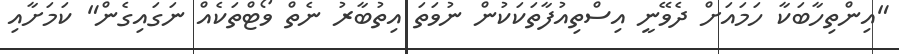
"އިންތިހާބަކާ ހަމައަށް ދެވޭނީ އިސްތިއުފާތަކަކުން ނުވަތަ އިތުބާރު ނެތް ވޯޓްތަކެއް ނަގައިގެން" ކަމަށާއި